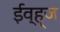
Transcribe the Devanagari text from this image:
ईव्ह्‌ज